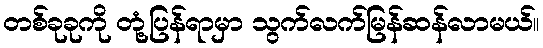
တစ်ခုခုကို တုံ့ပြန်ရာမှာ သွက်လက်မြန်ဆန်လာမယ်။